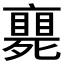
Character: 𠆚